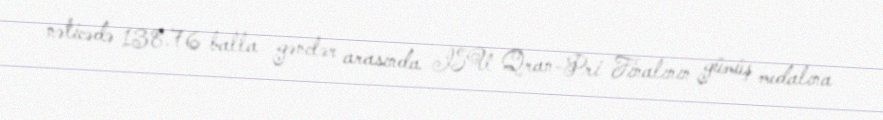
nəticədə 138.76 balla gənclər arasında ISU Qran-Pri Finalının gümüş medalına